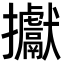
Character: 㩵